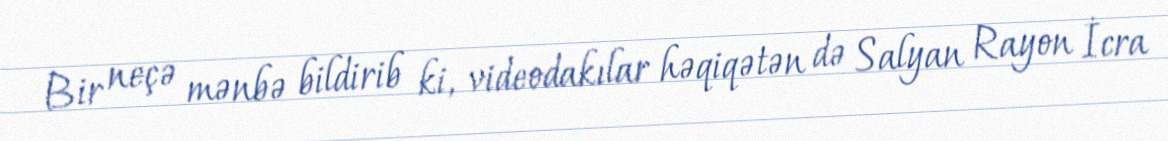
Bir neçə mənbə bildirib ki, videodakılar həqiqətən də Salyan Rayon İcra